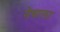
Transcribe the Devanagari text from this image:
नेवाला